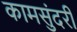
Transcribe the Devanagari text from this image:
कामसुंदरी